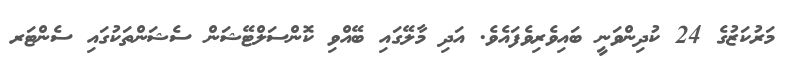
މަރުކަޒުގެ 24 ކުދިންވަނީ ބައިވެރިވެފައެވެ. އަދި މާލޭގައި ބޭއްވި ކޮންސަލްޓޭޝަން ސެޝަންތަކުގައި ސެންޓަރ